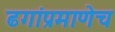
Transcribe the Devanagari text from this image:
ढगांप्रमाणेच